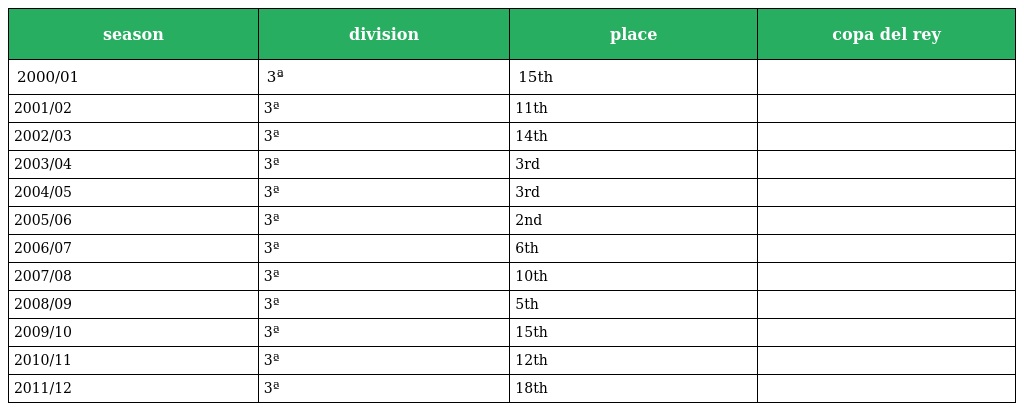
| season | division | place | copa del rey |
 | --- | --- | --- | --- |
 | 2000/01 | 3ª | 15th |  |
 | 2001/02 | 3ª | 11th |  |
 | 2002/03 | 3ª | 14th |  |
 | 2003/04 | 3ª | 3rd |  |
 | 2004/05 | 3ª | 3rd |  |
 | 2005/06 | 3ª | 2nd |  |
 | 2006/07 | 3ª | 6th |  |
 | 2007/08 | 3ª | 10th |  |
 | 2008/09 | 3ª | 5th |  |
 | 2009/10 | 3ª | 15th |  |
 | 2010/11 | 3ª | 12th |  |
 | 2011/12 | 3ª | 18th |  |